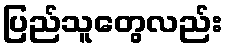
ပြည်သူတွေလည်း